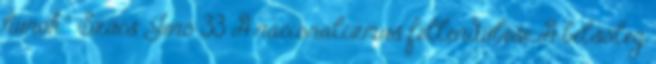
hunok.” Szűcs Jenő 33 A nacionalizmus fellendülése A belsőleg